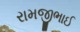
રામજીભાઈ